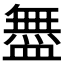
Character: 𬐳